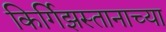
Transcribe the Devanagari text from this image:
किर्गिझस्तानाच्या